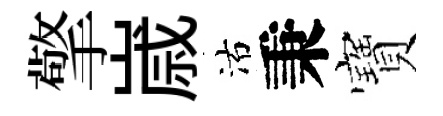
擎𡻕沽秉寶